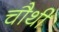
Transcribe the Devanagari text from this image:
चौथीं